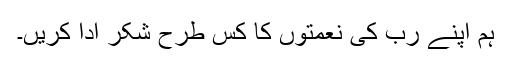
ہم اپنے رب کی نعمتوں کا کس طرح شکر ادا کریں۔